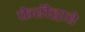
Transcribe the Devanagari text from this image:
फेरीद्वारे